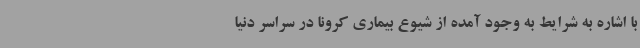
با اشاره به شرایط به وجود آمده از شیوع بیماری کرونا در سراسر دنیا